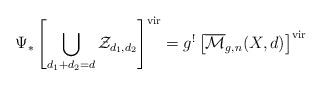
LaTeX: \begin{align*} \Psi_* \left[ \bigcup_{d_1 + d_2 = d} \mathcal{Z}_{d_1,d_2} \right]^\textnormal{vir} = g^! \left[ \overline{\mathcal{M}}_{g,n}(X,d) \right]^\textnormal{vir} \end{align*}